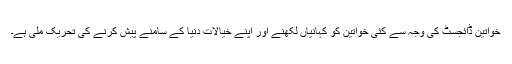
خواتین ڈائجسٹ کی وجہ سے کئی خواتین کو کہانیاں لکھنے اور اپنے خیالات دنیا کے سامنے پیش کرنے کی تحریک ملی ہے۔